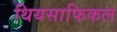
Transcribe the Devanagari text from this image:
थियसाफिकल